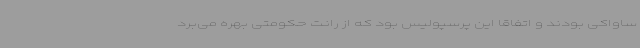
ساواکی بودند و اتفاقا این پرسپولیس بود که از رانت حکومتی بهره می‌برد